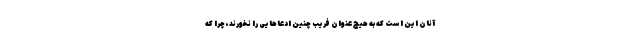
آنان این است که به هیچ عنوان فریب چنین ادعاهایی را نخورند، چرا که